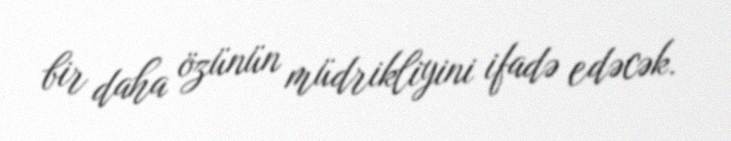
bir daha özünün müdrikliyini ifadə edəcək.